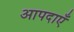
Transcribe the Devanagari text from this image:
आपदाएँ